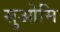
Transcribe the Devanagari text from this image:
सुओमि